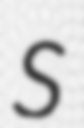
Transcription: S